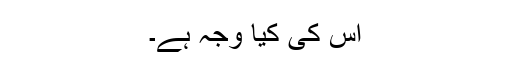
اس کی کیا وجہ ہے۔